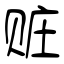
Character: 赃